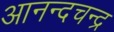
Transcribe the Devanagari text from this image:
आनन्दचन्द्र